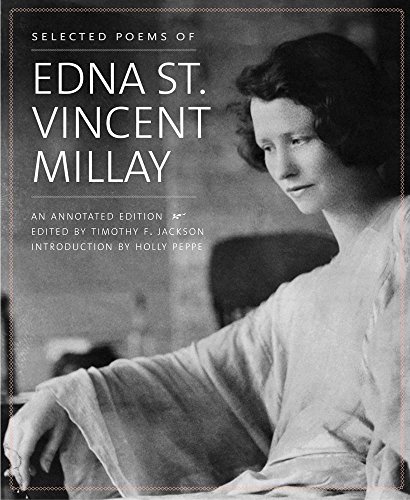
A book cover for Selected Poems of Edna St. Vincent Millay: An Annotated Edition; Edna St. Vincent Millay; Literature & Fiction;